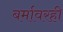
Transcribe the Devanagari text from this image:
बर्मावरही